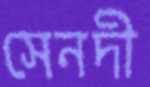
সেনদী